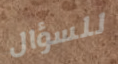
للسؤال